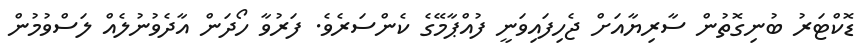
ޑޮކްޓަރު ބުނިގޮތުން ސާރިޔާއަށް ޖެހިފައިވަނީ ފުއްޕާމޭގެ ކެންސަރެވެ. ފަރުވާ ހޯދަން އާދެވުނުލެއް ލަސްވުމުން